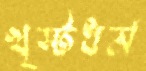
খৃস্টধর্ম